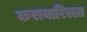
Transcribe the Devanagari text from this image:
करायारिल्ला